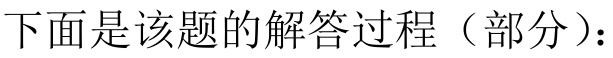
下面是该题的解答过程（部分）：